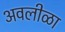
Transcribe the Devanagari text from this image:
अवलीळा